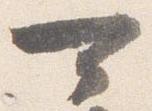
可